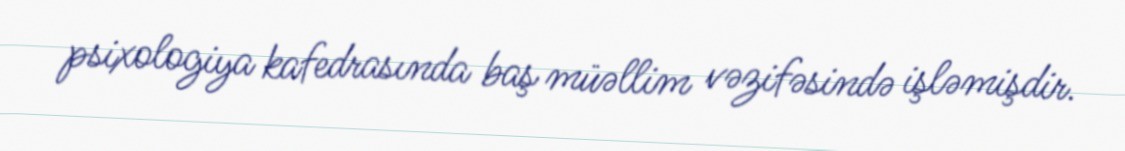
psixologiya kafedrasında baş müəllim vəzifəsində işləmişdir.